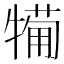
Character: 𤛟